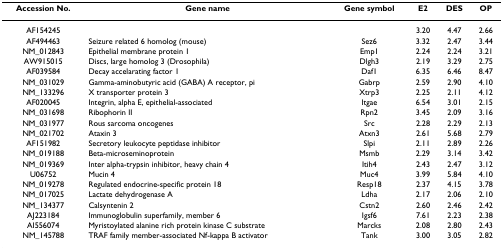
<table><thead><tr><td><b>Accession No.</b></td><td><b>Gene name</b></td><td><b>Gene symbol</b></td><td><b>E2</b></td><td><b>DES</b></td><td><b>OP</b></td></tr></thead><tbody><tr><td>AF154245</td><td></td><td></td><td>3.20</td><td>4.47</td><td>2.66</td></tr><tr><td>AF494463</td><td>Seizure related 6 homolog (mouse)</td><td>Sez6</td><td>3.32</td><td>2.47</td><td>3.44</td></tr><tr><td>NM_012843</td><td>Epithelial membrane protein 1</td><td>Emp1</td><td>2.24</td><td>2.24</td><td>3.21</td></tr><tr><td>AW915015</td><td>Discs, large homolog 3 (Drosophila)</td><td>Dlgh3</td><td>2.19</td><td>3.29</td><td>2.75</td></tr><tr><td>AF039584</td><td>Decay accelarating factor 1</td><td>Daf1</td><td>6.35</td><td>6.46</td><td>8.47</td></tr><tr><td>NM_031029</td><td>Gamma-aminobutyric acid (GABA) A receptor, pi</td><td>Gabrp</td><td>2.59</td><td>2.90</td><td>4.10</td></tr><tr><td>NM_133296</td><td>X transporter protein 3</td><td>Xtrp3</td><td>2.25</td><td>2.11</td><td>4.12</td></tr><tr><td>AF020045</td><td>Integrin, alpha E, epithelial-associated</td><td>Itgae</td><td>6.54</td><td>3.01</td><td>2.15</td></tr><tr><td>NM_031698</td><td>Ribophorin II</td><td>Rpn2</td><td>3.45</td><td>2.09</td><td>3.16</td></tr><tr><td>NM_031977</td><td>Rous sarcoma oncogenes</td><td>Src</td><td>2.28</td><td>2.29</td><td>2.13</td></tr><tr><td>NM_021702</td><td>Ataxin 3</td><td>Atxn3</td><td>2.61</td><td>5.68</td><td>2.79</td></tr><tr><td>AF151982</td><td>Secretory leukocyte peptidase inhibitor</td><td>Slpi</td><td>2.11</td><td>2.89</td><td>2.26</td></tr><tr><td>NM_019188</td><td>Beta-microseminoprotein</td><td>Msmb</td><td>2.29</td><td>3.14</td><td>3.42</td></tr><tr><td>NM_019369</td><td>Inter alpha-trypsin inhibitor, heavy chain 4</td><td>Itih4</td><td>2.43</td><td>2.47</td><td>3.12</td></tr><tr><td>U06752</td><td>Mucin 4</td><td>Muc4</td><td>3.99</td><td>5.84</td><td>4.10</td></tr><tr><td>NM_019278</td><td>Regulated endocrine-specific protein 18</td><td>Resp18</td><td>2.37</td><td>4.15</td><td>3.78</td></tr><tr><td>NM_017025</td><td>Lactate dehydrogenase A</td><td>Ldha</td><td>2.17</td><td>2.06</td><td>2.10</td></tr><tr><td>NM_134377</td><td>Calsyntenin 2</td><td>Cstn2</td><td>2.60</td><td>2.46</td><td>2.42</td></tr><tr><td>AJ223184</td><td>Immunoglobulin superfamily, member 6</td><td>Igsf6</td><td>7.61</td><td>2.23</td><td>2.38</td></tr><tr><td>AI556074</td><td>Myristoylated alanine rich protein kinase C substrate</td><td>Marcks</td><td>2.08</td><td>2.80</td><td>2.43</td></tr><tr><td>NM_145788</td><td>TRAF family member-associated Nf-kappa B activator</td><td>Tank</td><td>3.00</td><td>3.05</td><td>2.82</td></tr></tbody></table>